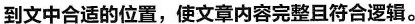
到文中合适的位置，使文章内容完整且符合逻辑.